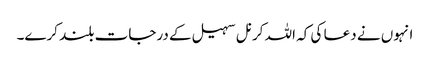
انہوں نے دعا کی کہ اللہ کرنل سہیل کے درجات بلند کرے۔